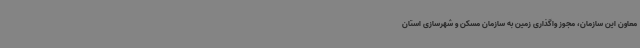
معاون این سازمان، مجوز واگذاری زمین به سازمان مسکن و شهرسازی استان